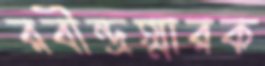
রবীন্দ্রস্মারক